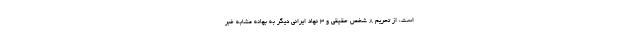
است، از تحریم 8 شخص حقیقی و 3 نهاد ایرانی دیگر به بهانه مشابه خبر